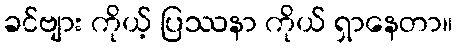
ခင်ဗျား ကိုယ့် ပြဿနာ ကိုယ် ရှာနေတာ။